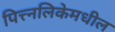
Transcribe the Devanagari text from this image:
पित्त्नलिकेमधील